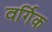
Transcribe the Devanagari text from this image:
वर्गिक